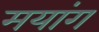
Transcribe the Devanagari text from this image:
मयांग